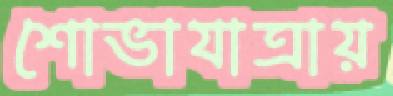
শোভাযাত্রায়